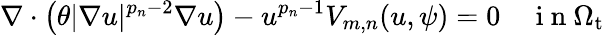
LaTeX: \nabla\cdot\left(\theta|\nabla u|^{p_{n}-2}\nabla u\right)-u^{p_{n}-1}V_{m,n}(u,\psi)=0\quad\mathrm{~i~n~}\Omega_{\mathrm{t}}